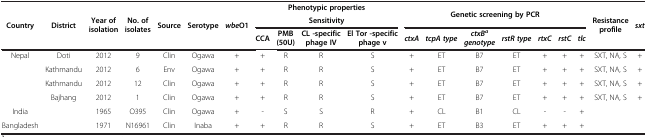
<table><thead><tr><td rowspan="3"><b>Country</b></td><td rowspan="3"><b>District</b></td><td rowspan="3"><b>Year of isolation</b></td><td rowspan="3"><b>No. of isolates</b></td><td rowspan="3"><b>Source</b></td><td rowspan="3"><b>Serotype</b></td><td rowspan="3"><b><i>wbe</i>O1</b></td><td colspan="4"><b>Phenotypic properties</b></td><td rowspan="2" colspan="7"><b>Genetic screening by PCR</b></td><td rowspan="3"><b>Resistance profile</b></td><td rowspan="3"><b><i>sxt</i></b></td></tr><tr><td colspan="4"><b>Sensitivity</b></td></tr><tr><td><b>CCA</b></td><td><b>PMB (50U)</b></td><td><b>CL -specific phage IV</b></td><td><b>El Tor -specific phage v</b></td><td><b><i>ctxA</i></b></td><td><b><i>tcpA type</i></b></td><td><b><i>ctxB</i><sup><i>a </i></sup><i>genotype</i></b></td><td><b><i>rstR type</i></b></td><td><b><i>rtxC</i></b></td><td><b><i>rstC</i></b></td><td><b><i>tlc</i></b></td></tr></thead><tbody><tr><td>Nepal</td><td>Doti</td><td>2012</td><td>9</td><td>Clin</td><td>Ogawa</td><td>+</td><td>+</td><td>R</td><td>R</td><td>S</td><td>+</td><td>ET</td><td>B7</td><td>ET</td><td>+</td><td>+</td><td>+</td><td>SXT, NA, S</td><td>+</td></tr><tr><td> </td><td>Kathmandu</td><td>2012</td><td>6</td><td>Env</td><td>Ogawa</td><td>+</td><td>+</td><td>R</td><td>R</td><td>S</td><td>+</td><td>ET</td><td>B7</td><td>ET</td><td>+</td><td>+</td><td>+</td><td>SXT, NA, S</td><td>+</td></tr><tr><td> </td><td>Kathmandu</td><td>2012</td><td>12</td><td>Clin</td><td>Ogawa</td><td>+</td><td>+</td><td>R</td><td>R</td><td>S</td><td>+</td><td>ET</td><td>B7</td><td>ET</td><td>+</td><td>+</td><td>+</td><td>SXT, NA, S</td><td>+</td></tr><tr><td> </td><td>Bajhang</td><td>2012</td><td>1</td><td>Clin</td><td>Ogawa</td><td>+</td><td>+</td><td>R</td><td>R</td><td>S</td><td>+</td><td>ET</td><td>B7</td><td>ET</td><td>+</td><td>+</td><td>+</td><td>SXT, NA, S</td><td>+</td></tr><tr><td>India</td><td> </td><td>1965</td><td>O395</td><td>Clin</td><td>Ogawa</td><td>+</td><td>-</td><td>S</td><td>S</td><td>R</td><td>+</td><td>CL</td><td>B1</td><td>CL</td><td>-</td><td>-</td><td>+</td><td> </td><td> </td></tr><tr><td>Bangladesh</td><td> </td><td>1971</td><td>N16961</td><td>Clin</td><td>Inaba</td><td>+</td><td>+</td><td>R</td><td>R</td><td>S</td><td>+</td><td>ET</td><td>B3</td><td>ET</td><td>+</td><td>+</td><td>+</td><td> </td><td> </td></tr></tbody></table>